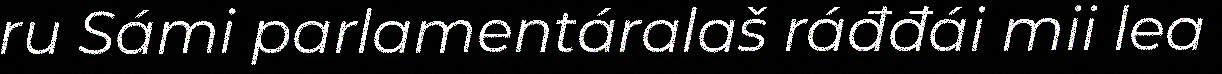
ru Sámi parlamentáralaš ráđđái mii lea